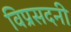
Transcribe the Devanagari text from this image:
विप्रसदनी